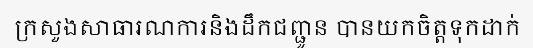
ក្រសួងសាធារណការនិងដឹកជញ្ជូន បានយកចិត្តទុកដាក់